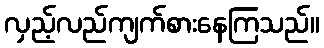
လှည့်လည်ကျက်စားနေကြသည်။